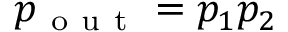
p _ { \mathrm { ~ o ~ u ~ t ~ } } = p _ { 1 } p _ { 2 }